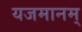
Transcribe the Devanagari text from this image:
यजमानम्‌